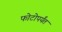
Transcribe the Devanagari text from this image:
फोटोपर्यंत